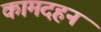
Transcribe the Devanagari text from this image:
कामदहन